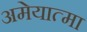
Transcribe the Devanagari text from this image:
अमेयात्मा